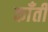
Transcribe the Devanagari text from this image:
काँती